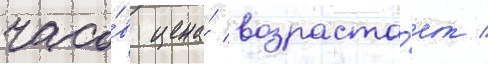
часо́в цена́ возраста́ет /